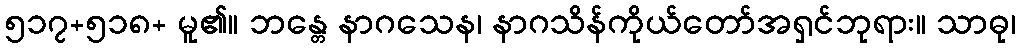
၅၁၇+၅၁၈+ မူ၏။ ဘန္တေ နာဂသေန၊ နာဂသိန်ကိုယ်တော်အရှင်ဘုရား။ သာဓု၊